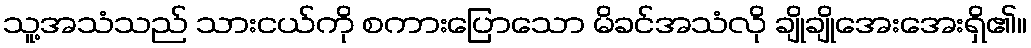
သူ့အသံသည် သားငယ်ကို စကားပြောသော မိခင်အသံလို ချိုချိုအေးအေးရှိ၏။